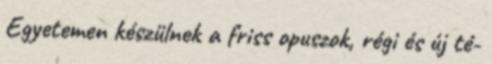
Egyetemen készülnek a friss opuszok, régi és új té-